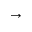
\to